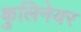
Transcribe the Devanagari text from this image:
कुलिनेयर